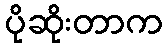
ပိုဆိုးတာက